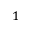
_ 1